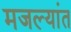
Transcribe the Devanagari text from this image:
मजल्यांत